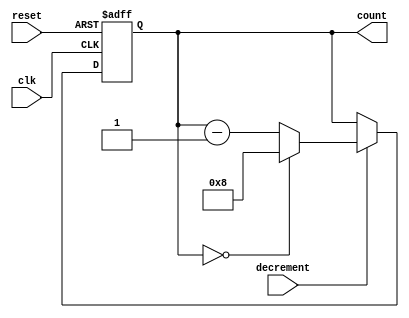
module decremental_counter #(
    parameter MAX_COUNT = 8  // Parameter for maximum count value (0 to MAX_COUNT)
)(
    input wire clk,          // Clock signal
    input wire reset,        // Asynchronous reset signal
    input wire decrement,     // Control signal to trigger decrement
    output reg [clog2(MAX_COUNT):0] count // Current count value
);

// Function to calculate the log base 2 of a number
function integer clog2;
    input integer value;
    begin
        value = value - 1;
        for (clog2 = 0; value > 0; clog2 = clog2 + 1)
            value = value >> 1;
    end
endfunction

// Initial block to set the initial count value
initial begin
    count = MAX_COUNT; // Initialize count to maximum value
end

// Always block for counter logic
always @(posedge clk or posedge reset) begin
    if (reset) begin
        count <= MAX_COUNT; // Reset to maximum value
    end else if (decrement) begin
        if (count == 0) begin
            count <= MAX_COUNT; // Wrap around to maximum value
        end else begin
            count <= count - 1; // Decrement the count
        end
    end
end

endmodule